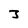
Character: J